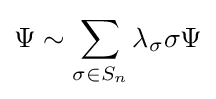
\Psi \sim \sum _{\sigma \in S_{n}}\lambda _{\sigma }\sigma \Psi